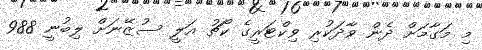
މި މަގާމަށް ދެން ވާދަކުރި ވިކްޓަރީގެ ކޯޗު އަލީ ސުޒޭނަށް ލިބުނީ 988